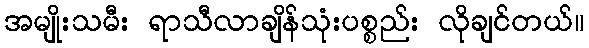
အမျိုးသမီး ရာသီလာချိန်သုံးပစ္စည်း လိုချင်တယ်။